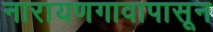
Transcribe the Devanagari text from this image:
नारायणगावापासून